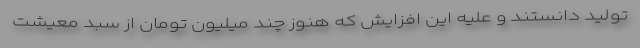
تولید دانستند و علیه این افزایش که هنوز چند میلیون تومان از سبد معیشتِ